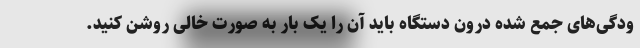
ودگی‌های جمع شده درون دستگاه باید آن را یک بار به صورت خالی روشن کنید.